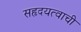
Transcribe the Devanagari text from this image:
सहृदयत्वाची